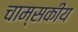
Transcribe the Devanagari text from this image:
चाम्सकीय